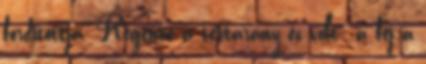
fordítottja. Régente a testarány ez volt: a fej a